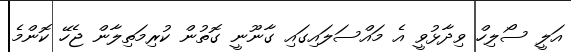
އަލީ ސޯލިހް ވިދާޅުވީ އެ މައްސަލައިގައި ގާނޫނީ ގޮތުން ކުރިމަތިލާން ޖެހޭ ކޮންމެ